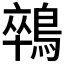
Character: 𪁽